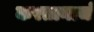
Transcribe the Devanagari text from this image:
करतानाचं